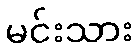
မင်းသား